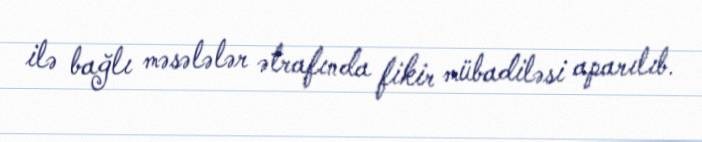
ilə bağlı məsələlər ətrafında fikir mübadiləsi aparılıb.